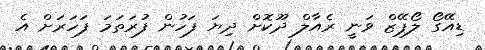
ޑިއޭގޯ ލޯޕޭޒް ވަނީ ރެއާލް ދޫކޮށް ދިޔަ ފަހުން ފުރަތަމަ ފަހަރަށް އެ